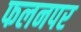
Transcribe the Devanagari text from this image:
फलनपर